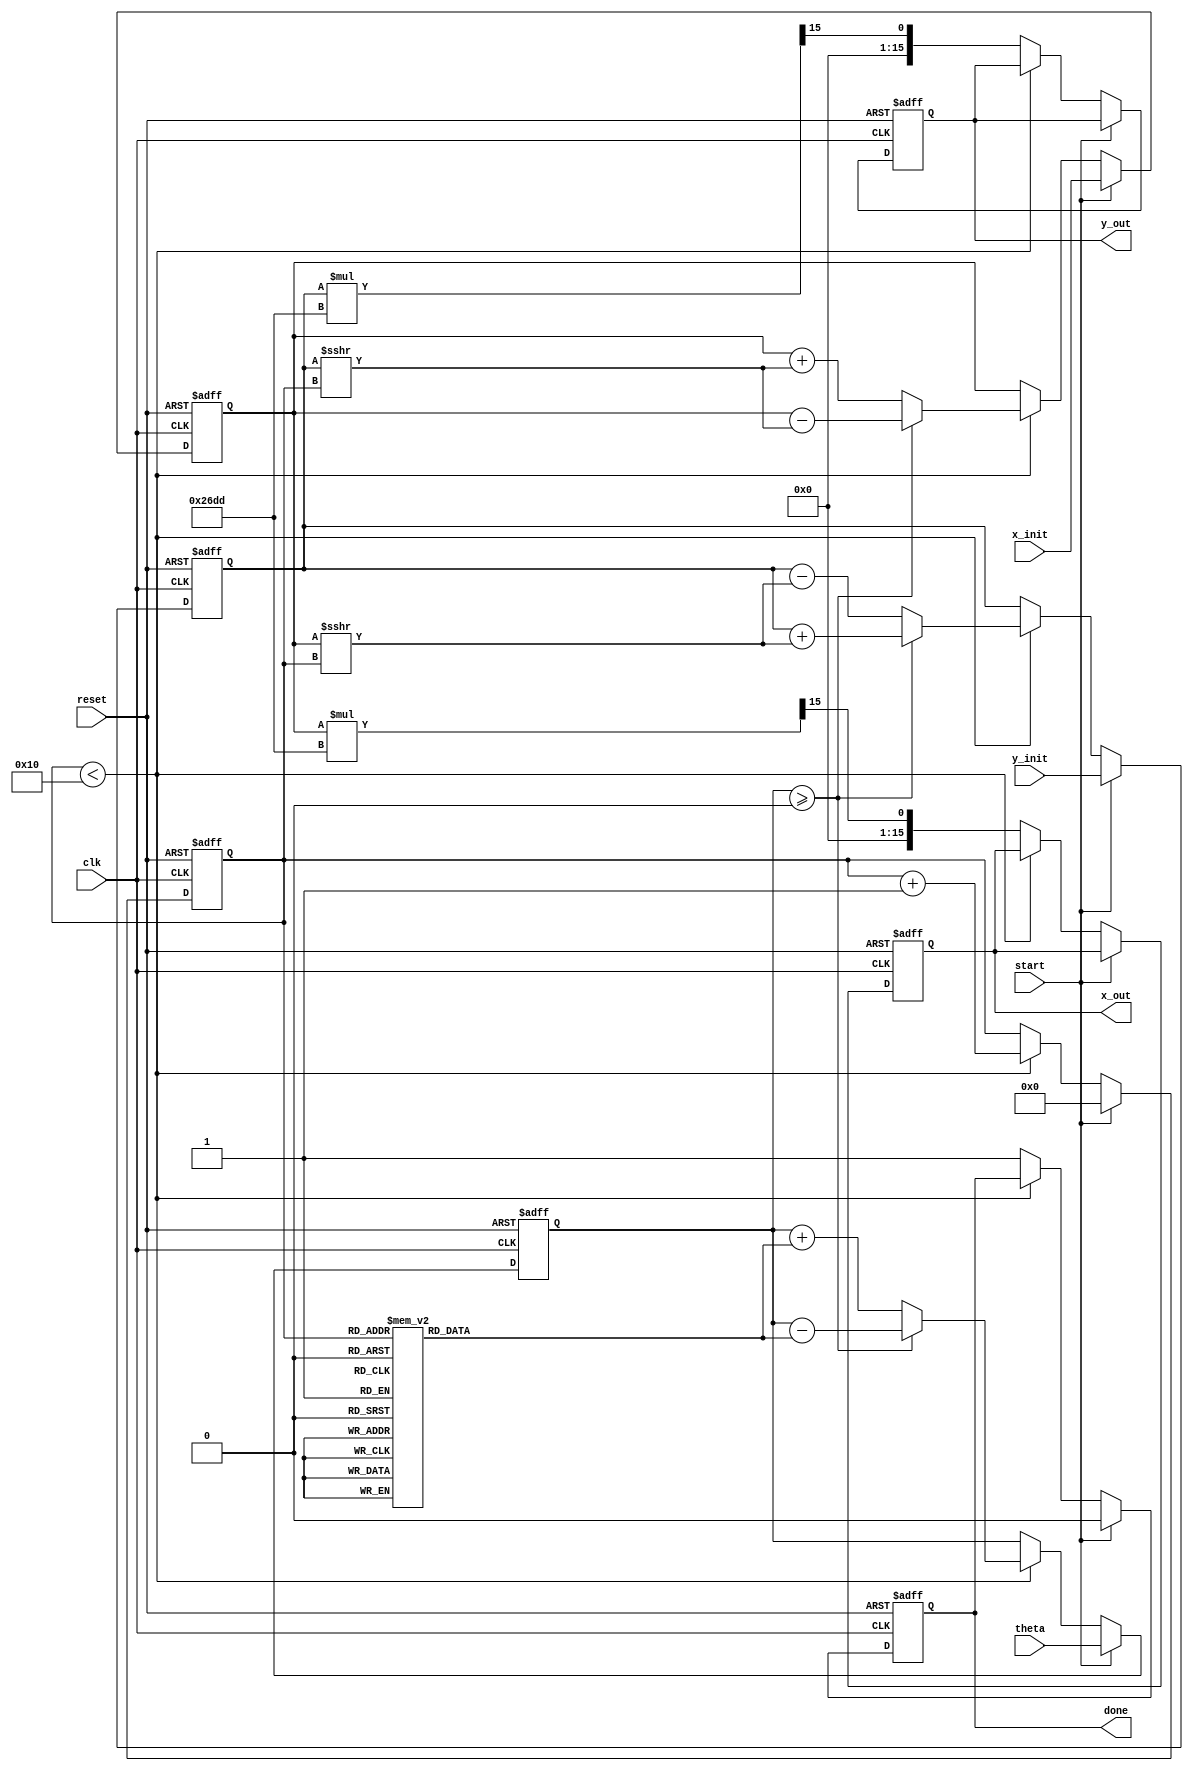
module cordic(
    input clk,
    input reset,
    input [15:0] theta, // Input angle in fixed-point format
    input [15:0] x_init, // Initial x vector
    input [15:0] y_init, // Initial y vector
    input start, // Signal to start computation
    output reg [15:0] x_out, // Output x after rotation
    output reg [15:0] y_out, // Output y after rotation
    output reg done // Signal indicating computation is complete
);

// Parameters
parameter NUM_ITERATIONS = 16; // Number of iterations
parameter ANGLE_WIDTH = 16; // Width of angle values
parameter FIXED_POINT_WIDTH = 16; // Width of fixed-point numbers

// Pre-computed angle table (in fixed-point format)
reg [ANGLE_WIDTH-1:0] angle_table [0:NUM_ITERATIONS-1];
initial begin
    // Pre-computed arctangent values (in fixed-point format)
    angle_table[0] = 16'h2000; // atan(2^0)
    angle_table[1] = 16'h1000; // atan(2^-1)
    angle_table[2] = 16'h0800; // atan(2^-2)
    angle_table[3] = 16'h0400; // atan(2^-3)
    angle_table[4] = 16'h0200; // atan(2^-4)
    angle_table[5] = 16'h0100; // atan(2^-5)
    angle_table[6] = 16'h0080; // atan(2^-6)
    angle_table[7] = 16'h0040; // atan(2^-7)
    angle_table[8] = 16'h0020; // atan(2^-8)
    angle_table[9] = 16'h0010; // atan(2^-9)
    angle_table[10] = 16'h0008; // atan(2^-10)
    angle_table[11] = 16'h0004; // atan(2^-11)
    angle_table[12] = 16'h0002; // atan(2^-12)
    angle_table[13] = 16'h0001; // atan(2^-13)
    angle_table[14] = 16'h0000; // atan(2^-14)
    angle_table[15] = 16'hFFFF; // atan(2^-15)
end

// Internal signals
reg [FIXED_POINT_WIDTH-1:0] x, y;
reg [ANGLE_WIDTH-1:0] theta_reg;
reg [3:0] iteration;
reg [FIXED_POINT_WIDTH-1:0] scaling_factor;

// Scaling factor (approximation)
initial begin
    scaling_factor = 16'h26DD; // Approximate scaling factor for 16 iterations
end

// Control Logic
always @(posedge clk or posedge reset) begin
    if (reset) begin
        x <= 0;
        y <= 0;
        theta_reg <= 0;
        iteration <= 0;
        done <= 0;
        x_out <= 0;
        y_out <= 0;
    end else if (start) begin
        // Load initial values
        x <= x_init;
        y <= y_init;
        theta_reg <= theta;
        iteration <= 0;
        done <= 0;
    end else if (iteration < NUM_ITERATIONS) begin
        // CORDIC rotation logic
        if (theta_reg >= 0) begin
            // Rotate counter-clockwise
            x <= x - (y >>> iteration);
            y <= y + (x >>> iteration);
            theta_reg <= theta_reg - angle_table[iteration];
        end else begin
            // Rotate clockwise
            x <= x + (y >>> iteration);
            y <= y - (x >>> iteration);
            theta_reg <= theta_reg + angle_table[iteration];
        end
        iteration <= iteration + 1;
    end else begin
        // Apply scaling factor
        x_out <= x * scaling_factor >>> 15; // Adjust based on fixed-point width
        y_out <= y * scaling_factor >>> 15; // Adjust based on fixed-point width
        done <= 1; // Indicate completion
    end
end

endmodule